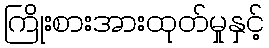
ကြိုးစားအားထုတ်မှုနှင့်